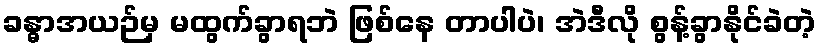
ခန္ဓာအယဉ်မှ မထွက်ခွာရဘဲ ဖြစ်နေ တာပါပဲ၊ အဲဒီလို စွန့်ခွာနိုင်ခဲတဲ့